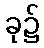
ခု၌